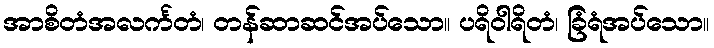
အာစိတံအလင်္ကတံ၊ တန်ဆာဆင်အပ်သော။ ပရိဝါရိတံ၊ ခြံရံအပ်သော။